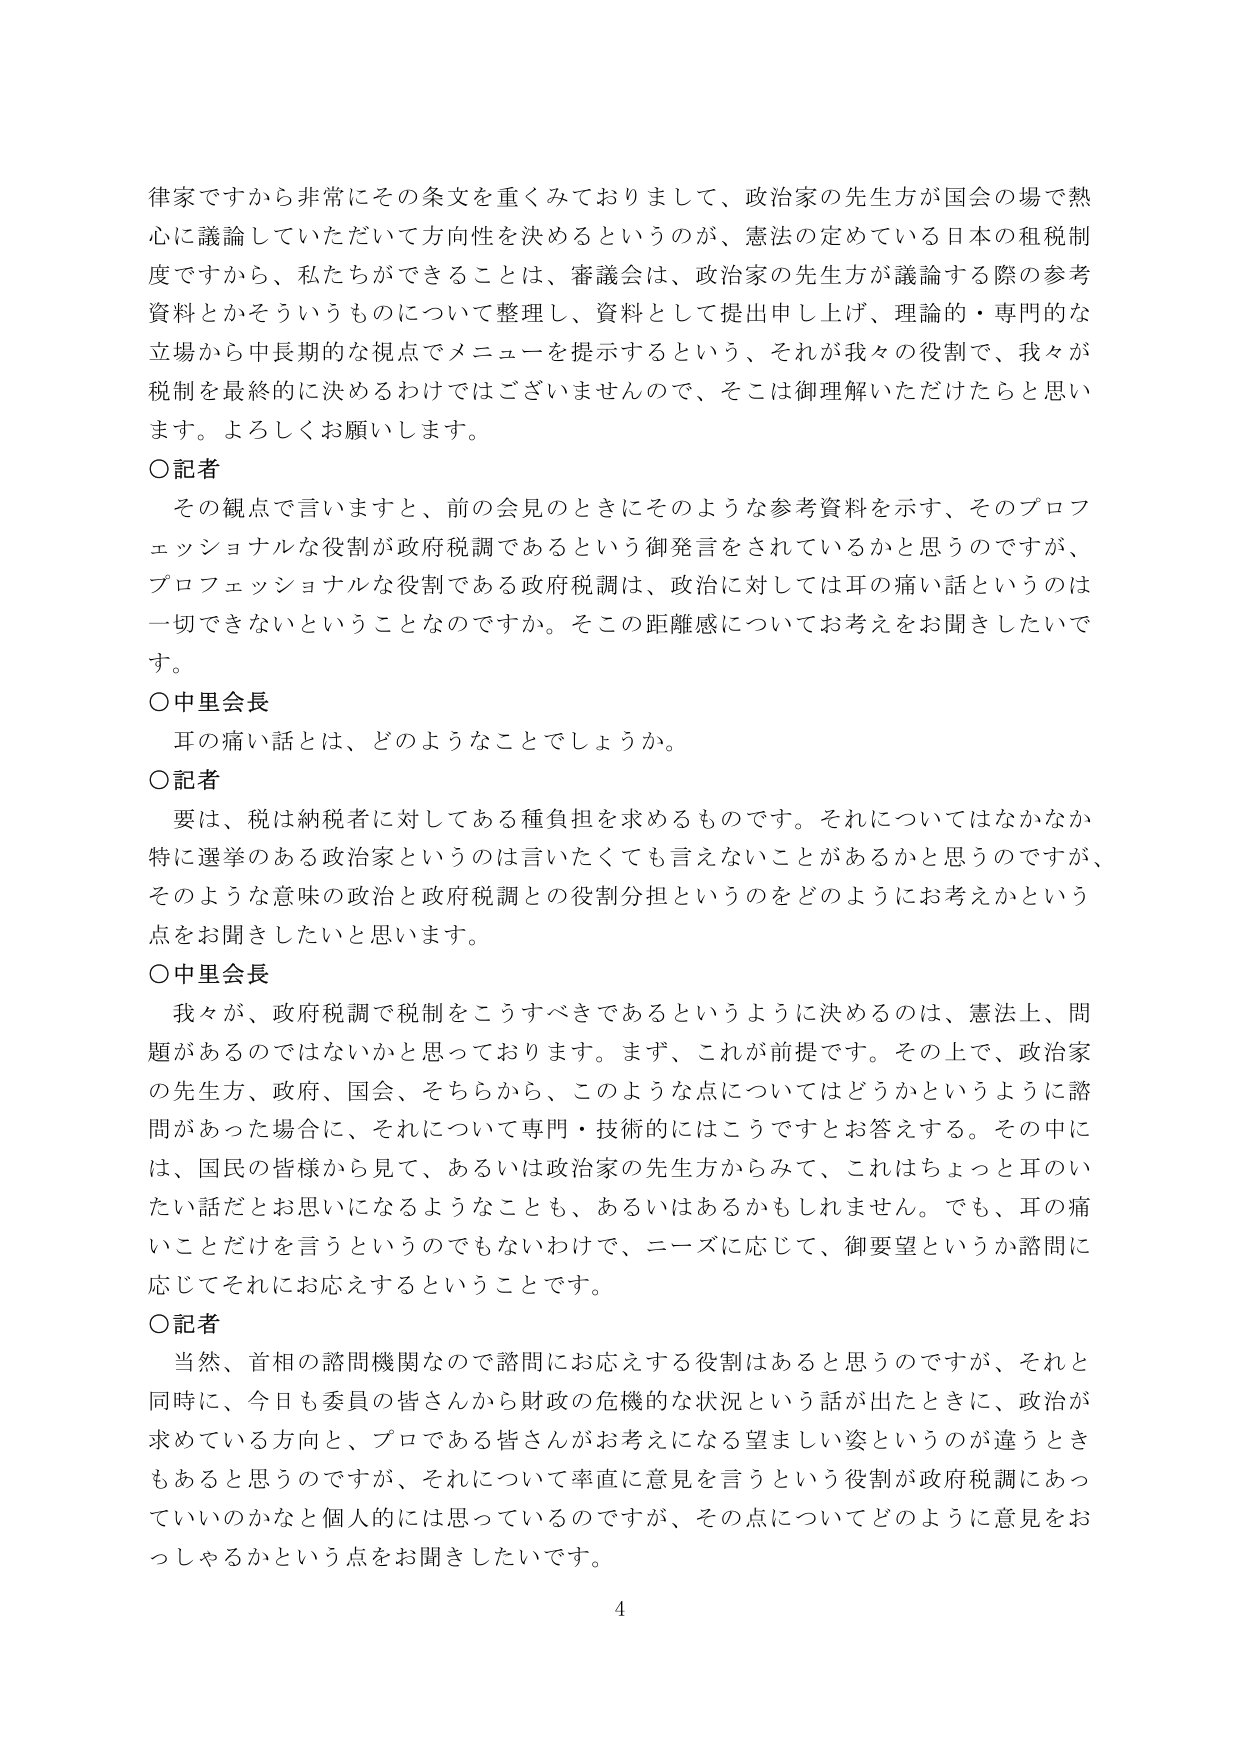
律家ですから非常にその条文を重くみておりまして、政治家の先生方が国会の場で熱心に議論していただいて方向性を決めるというのが、憲法の定めている日本の租税制度ですから、私たちができるることは、審議会は、政治家の先生方が議論する際の参考資料とかそういうものについて整理し、資料として提出申し上げ、理論的・専門的な立場から中長期的な視点でメニューを提示するという、それが我々の役割で、我々が税制を最終的に決めるわけではございませんので、そこは御理解いただけたらと思います。よろしくお願いします。

○記者
その観点で言いますと、前の会見のときにそのような参考資料を示す、そのプロフェッショナルな役割が政府税調であるという御発言をされているかと思うのですが、プロフェッショナルな役割である政府税調は、政治に対しては耳の痛い話というのは一切できないということなのでしょうか。そこの距離感についてお考えをお聞きしたいです。

○中里会長
耳の痛い話とは、どのようなことでしょうか。

○記者
要は、税は納税者に対してある種負担を求めるものです。それについてはなかなか特に選挙のある政治家というのは言いたくても言えないことがあるかと思うのですが、そのような意味の政治と政府税調との役割分担というのをどのようにお考えかという点をお聞きしたいと思います。

○中里会長
我々が、政府税調で税制をこうすべきであるというように決めるのは、憲法上、問題があるのではないかと思っております。まず、これが前提です。その上で、政治家の先生方、政府、国会、それらから、このような点についてはどうかというように諮問があった場合に、それについて専門・技術的にはこうですとお答えする。その中には、国民の皆様から見て、あるいは政治家の先生方からみて、これはちょっと耳のいたい話だとお思いになるようなことも、あるいはあるかもしれません。でも、耳の痛いことだけを言うというのではないわけで、ニーズに応じて、御要望というか諮問に応じてそれにお応えするということです。

○記者
当然、首相の諮問機関なので諮問にお応えする役割はあると思うのですが、それと同時に、今日も委員の皆さんから財政の危機的な状況という話が出たときに、政治が求めている方向と、プロである皆さんがお考えになる望ましい姿というのが違うときもあると思うのですが、それについて率直に意見を言うという役割が政府税調にあっていいのかなと個人的には思っているのですが、その点についてどのように意見をおっしゃるかという点をお聞きしたいです。

4